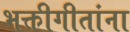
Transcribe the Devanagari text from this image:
भक्तीगीतांना